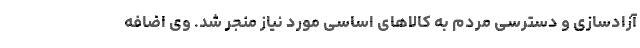
آزادسازی و دسترسی مردم به کالا‌های اساسی مورد نیاز منجر شد. وی اضافه